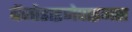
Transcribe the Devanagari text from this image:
बेंजोडाइजेपाइनस